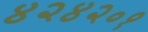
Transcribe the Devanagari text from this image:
४२४२०१